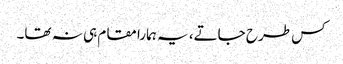
کس طرح جاتے، یہ ہمارا مقام ہی نہ تھا۔